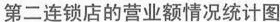
第二连锁店的营业额情况统计图